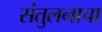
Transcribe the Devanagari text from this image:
संतुलनाचा